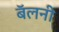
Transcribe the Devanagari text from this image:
बॅलनी